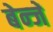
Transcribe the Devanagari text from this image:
बेन्जें